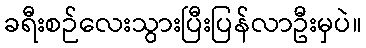
ခရီးစဉ်လေးသွားပြီးပြန်လာဦးမှပဲ။